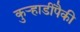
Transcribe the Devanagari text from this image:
कुऱ्हाडींपैकी